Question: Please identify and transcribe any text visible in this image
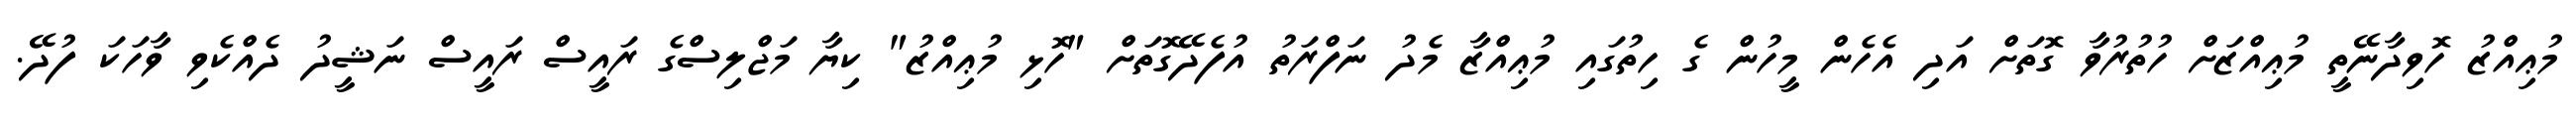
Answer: މުޢިއްޒު ހޮވިދާނޭތީ މުޢިއްޒަށް ހުތުރުވާ ގޮތަށް އަދި އެހެން މީހުން ގެ ހިތުގައި މުޢިއްޒާ މެދު ނަފްރަތު އުފެދޭގޮތަށް "ހޮޅި މުޢިއްޒު" ކިޔާ މަޖްލިސްގެ ރައީސް ރައީސް ނަޝީދު ދެއްކެވި ވާހަކަ ފުދޭ.